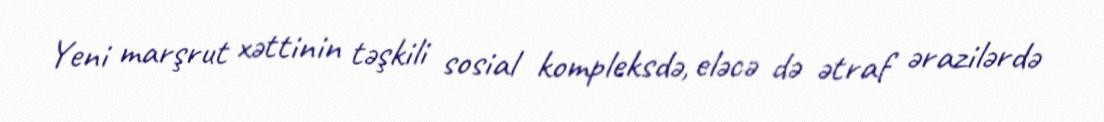
Yeni marşrut xəttinin təşkili sosial kompleksdə, eləcə də ətraf ərazilərdə